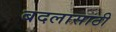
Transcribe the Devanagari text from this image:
बदलासाठी